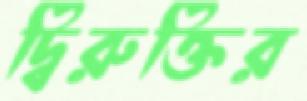
দ্বিরুক্তির